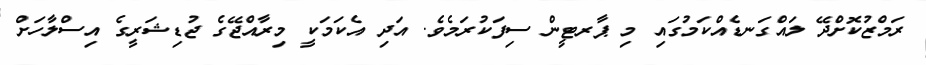
ރަމްޒުކޮށްދޭ ލައްގަނޑެއްކަމުގައި މި ޕާރޓީން ސިފަކުރަމެވެ. އަދި އެކަމަކީ މިރާއްޖޭގެ ޖުޑިޝަރީގެ އިސްލާހަށް